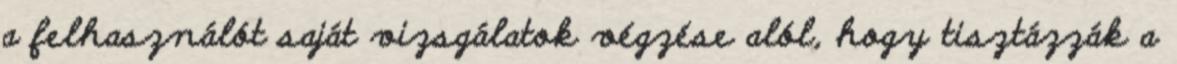
a felhasználót saját vizsgálatok végzése alól, hogy tisztázzák a